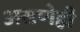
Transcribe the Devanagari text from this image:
असणेही